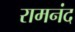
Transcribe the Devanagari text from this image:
रामनंद